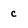
Character: c